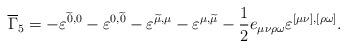
LaTeX: \begin{align*}\overline{\Gamma }_5=-\varepsilon ^{\widetilde{0},0}-\varepsilon^{0,\widetilde{0}}-\varepsilon ^{\widetilde{\mu },\mu}-\varepsilon ^{{\mu },\widetilde{\mu}}-\frac 12 e_{\mu \nu \rho\omega }\varepsilon ^{[\mu \nu],[\rho \omega ]} . \end{align*}